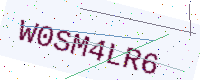
Text: W0SM4LR6